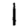
Digit: 1